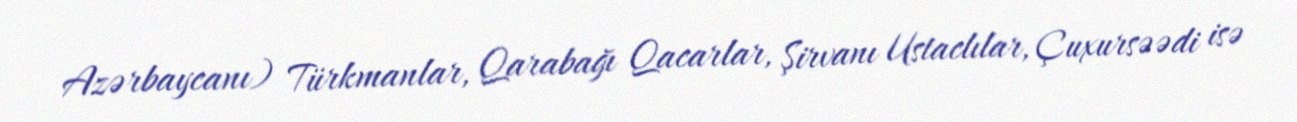
Azərbaycanı) Türkmanlar, Qarabağı Qacarlar, Şirvanı Ustaclılar, Çuxursəədi isə